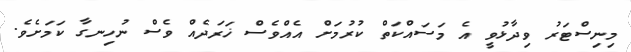
މިނިސްޓަރު ވިދާޅުވީ އެ މަސައްކަތް ކުރުމަށް އެއްވެސް ޚަރަދެއް ވެސް ނުހިނގާ ކަމަށެވެ.